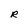
Character: R